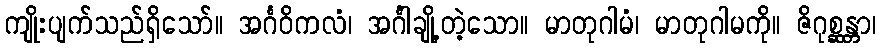
ကျိုးပျက်သည်ရှိသော်။ အင်္ဂဝိကလံ၊ အင်္ဂါချို့တဲ့သော။ မာတုဂါမံ၊ မာတုဂါမကို။ ဇိဂုစ္ဆန္တာ၊